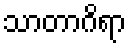
သာတာဂိရာ